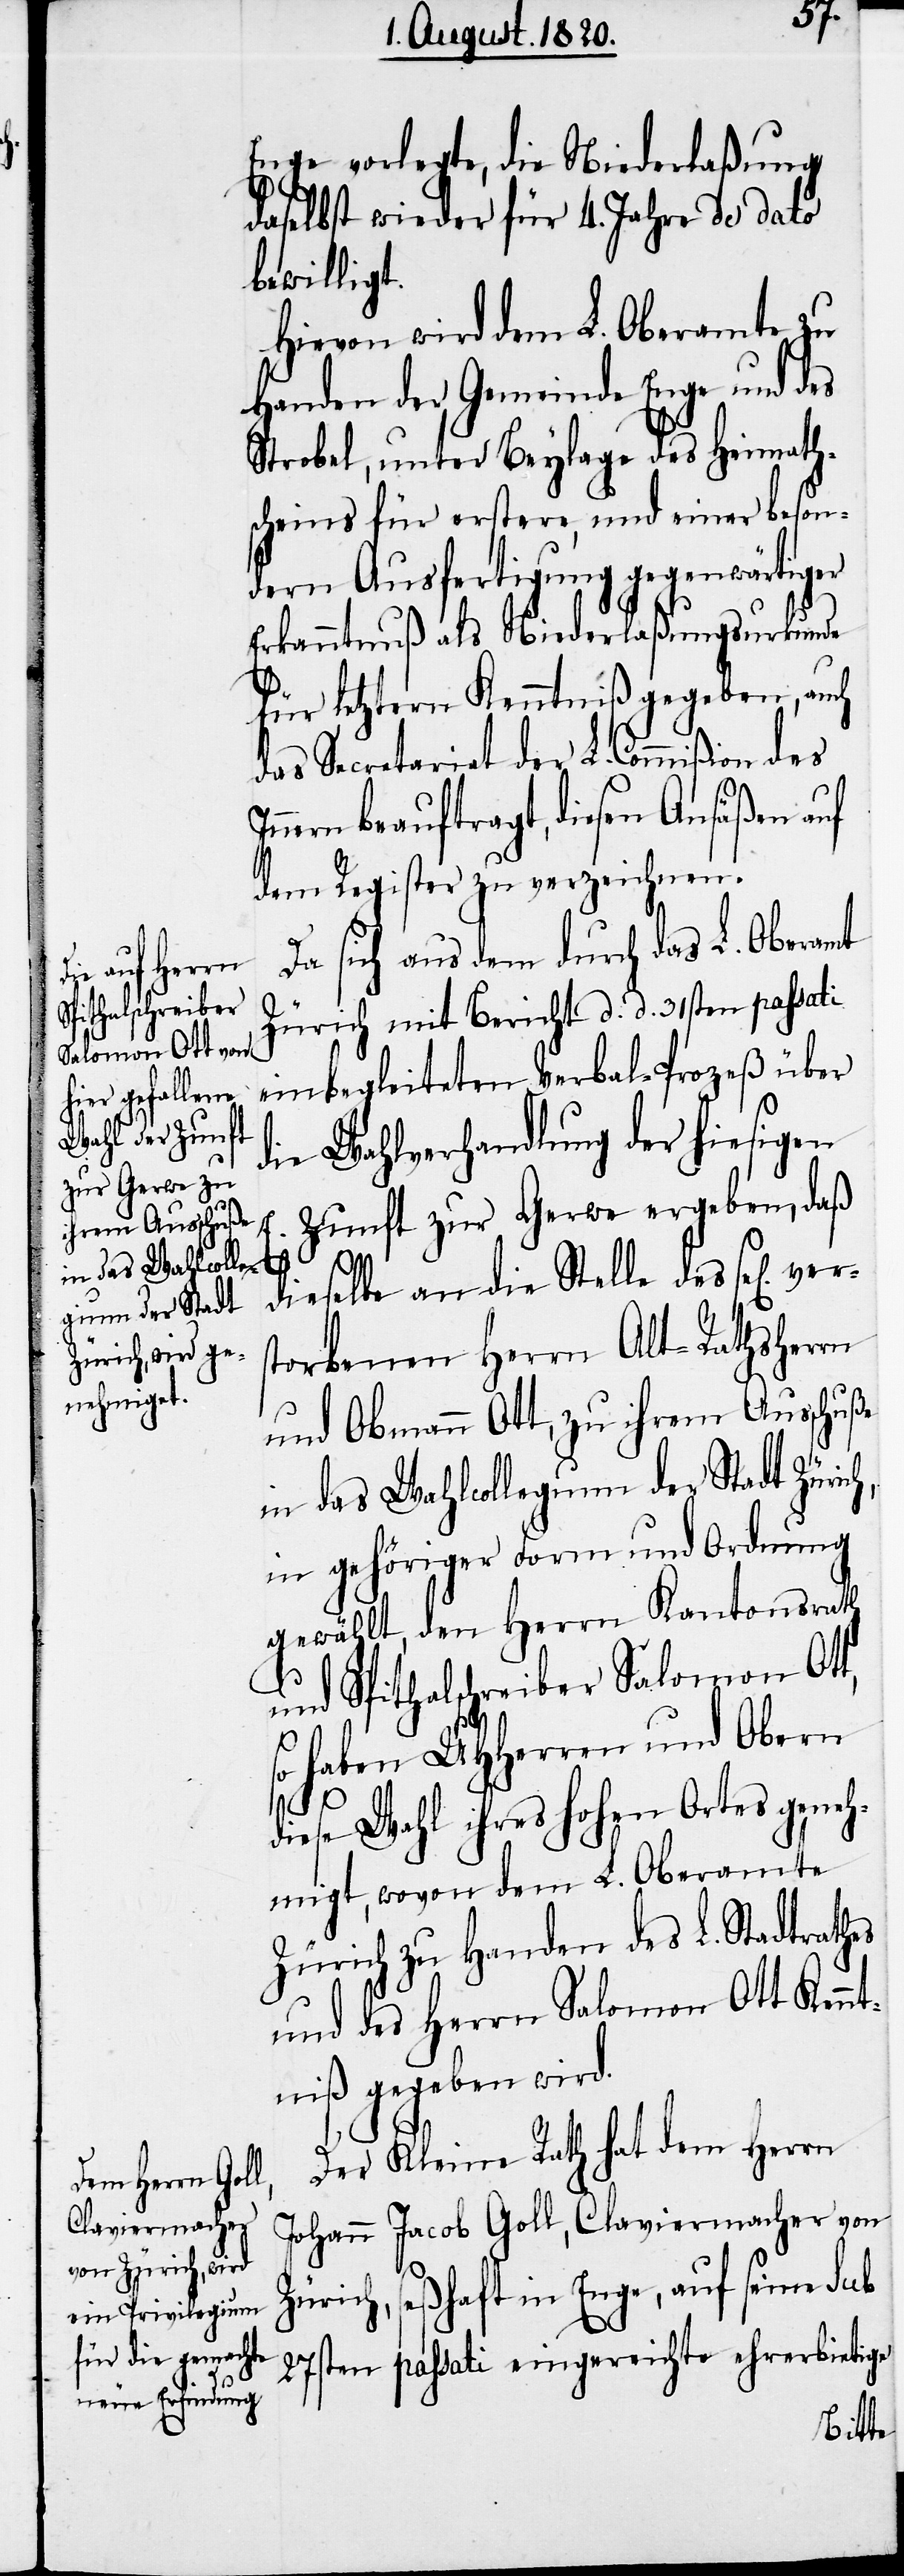
Enge vorlegte, die Niederlaßung
daselbst wieder für 4. Jahre de dato
bewilligt.
Hievon wird dem L. Oberamte zu
Handen der Gemeinde Enge und des
Strobel, unter Beylage des Heimath¬
scheins für erstere, und einer beson¬
dern Ausfertigung gegenwärtiger
Erkanntnuß als Niederlaßungsurkunde
für letztern Kenntniß gegeben, auch
das Secretariat der L. Commißion des
Innern beauftragt, diesen Ansäßen auf
dem Register zu verzeichnen.
Da sich aus dem durch das L. Oberamt
Zürich mit Bericht d. d. 31sten passati
einbegleiteten Verbal-Prozeß über
die Wahlverhandlung der hiesigen
E. Zunft zur Gerwe ergeben, daß
ich,
dieselbe an die Stelle des sel[ige¬
torbenen Herrn Alt-Rathsherrn
und Obmann Ott, zu ihrem Ausschuße
in das Wahlcollegium der Stadt Zür¬
in gehöriger Form und Ordnung
gewählt, den Herrn Kantonsrath
und Spithalschreiber Salomon Ott,
so haben UHHerren und Obern
diese Wahl ihres hohen Ortes geneh¬
migt, wovon dem L. Oberamte
Zürich zu Handen des L. Stadtrathes
und des Herrn Salomon Ott Kenn¬
tniß gegeben wird.
Der Kleine Rath hat dem Herrn
Johann Jacob Goll, Claviermacher von
Zürich, seßhaft in Enge, auf seine sub
27sten passati eingereichte ehrerbietige